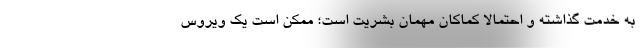
به خدمت گذاشته و احتمالا کماکان مهمان بشریت است؛ ممکن است یک ویروس